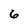
Character: 6